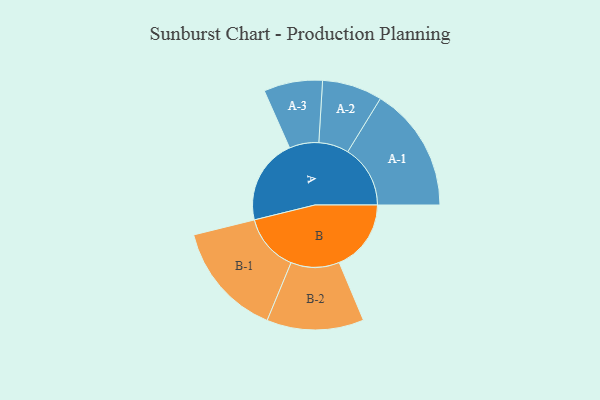
{"axis": {"x": "Segment", "y": "Value"}, "legend": ["", "A", "B"], "data": [{"x": "A", "y": 384, "type": ""}, {"x": "B", "y": 323, "type": ""}, {"x": "A-1", "y": 281, "type": "A"}, {"x": "A-2", "y": 135, "type": "A"}, {"x": "A-3", "y": 132, "type": "A"}, {"x": "B-1", "y": 258, "type": "B"}, {"x": "B-2", "y": 218, "type": "B"}]}